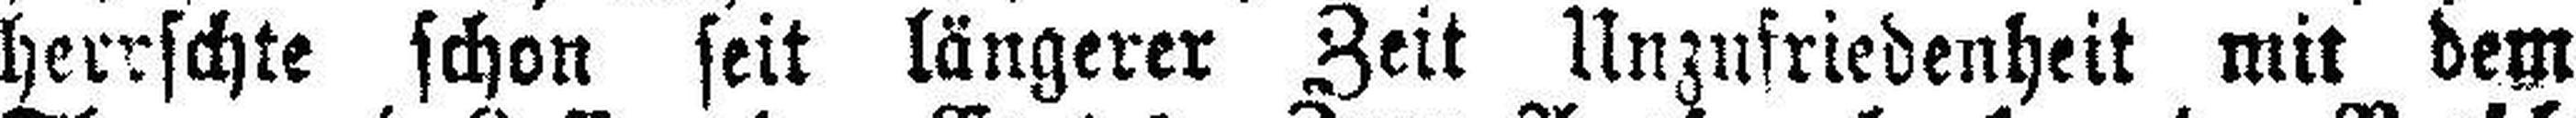
herrschte schon seit längerer Zeit Unzufriedenheit mit dem